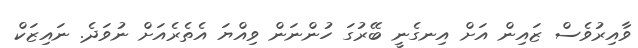
ވާއިރުވެސް ޒައިން އަށް އިނގެނީ ބޭރުގަ ހުންނަން ވިއްޔަ އެތެރެއަށް ނުވަދެ. ނައިޒަކް